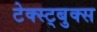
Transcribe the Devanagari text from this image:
टेक्स्ट्बुक्स